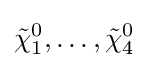
{\tilde {\chi }}_{1}^{0},\ldots ,{\tilde {\chi }}_{4}^{0}